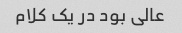
عالی بود در یک کلام